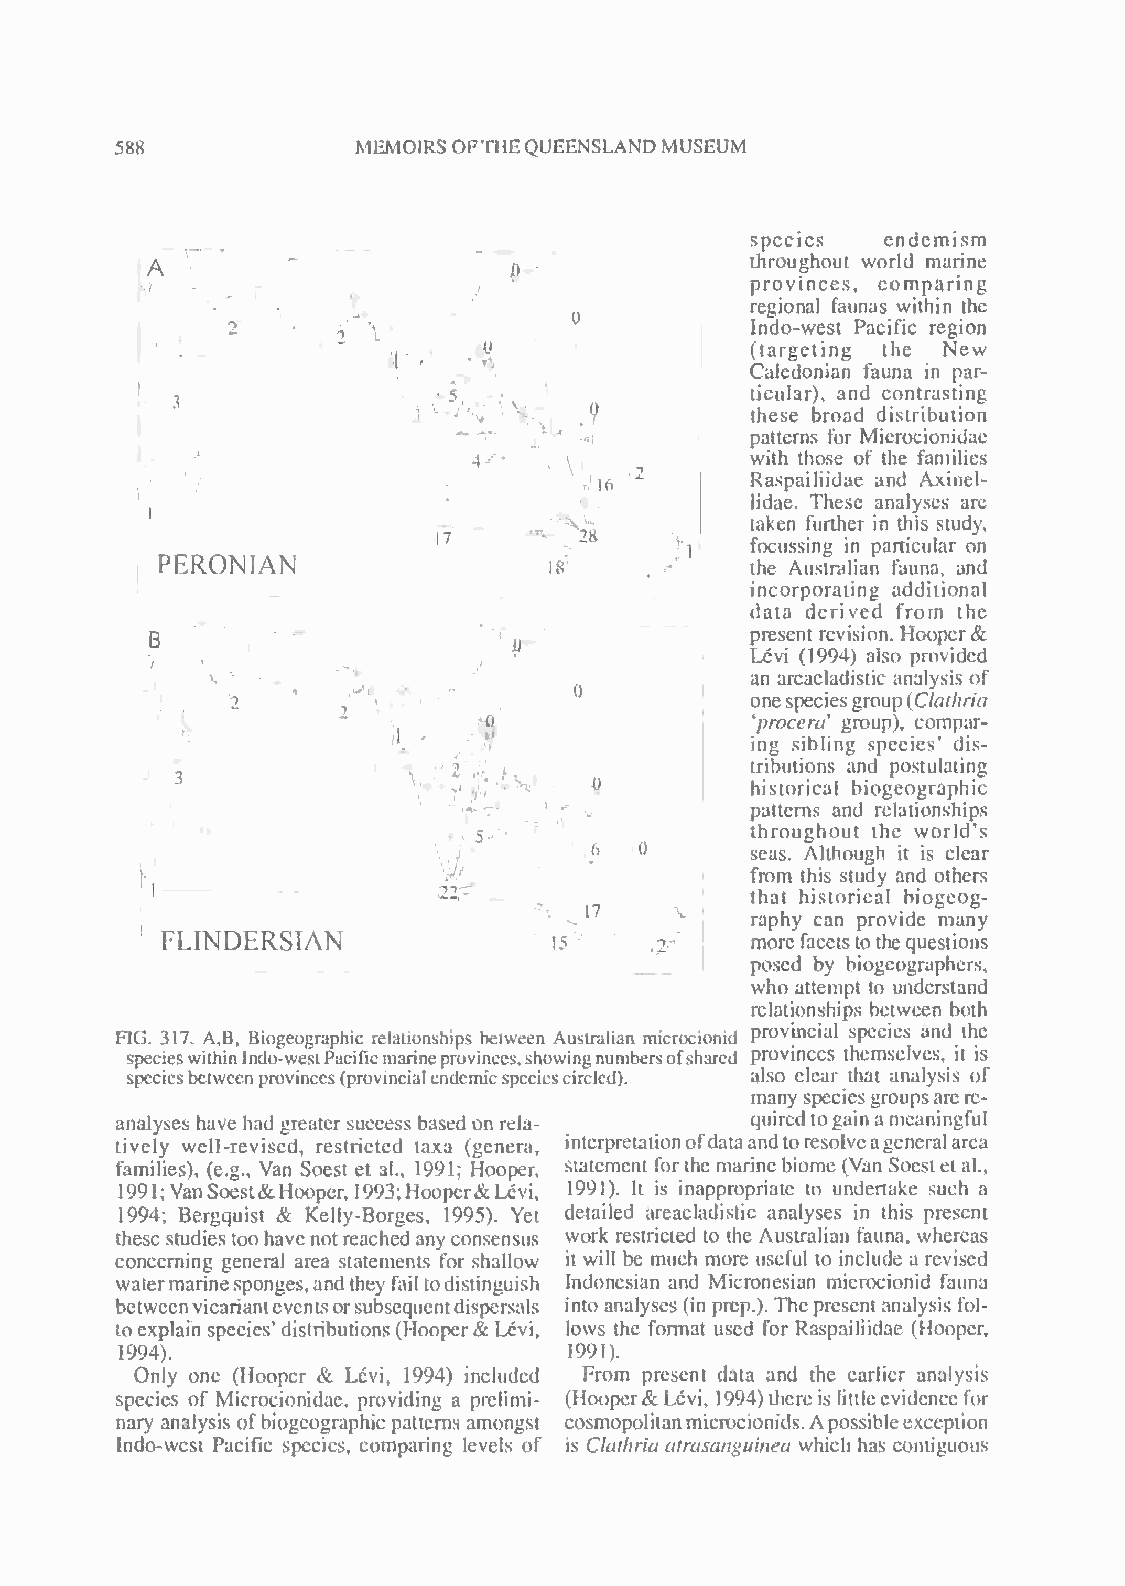
588             MEMOIRS OFTHEQUEENSLANDMUSEUM
 species  endemism
 throughout world marine
 .                 •               provinces, comparing
 regional faunas within the
 Indo-west Pacific region
 :                           (targeting the New
 Caledonian fauna in par-
 ticular), and contrasting
 these broad distribution
 patterns for Microcionidae
 with those of the families
 Raspailiidae and Axinel-
 lidae. These analyses arc
 taken further in this study,
 focussing in particular on
 PERONIAN
 18            the Australian fauna, and
 incorporating additional
 data derived from the
 &
 B                      C>,              present revision. Hooper
 Levi (1994) also provided
 an areacladislic analysis of
 52                                 onespeciesgroup(Clathria
 !                                      "procera" group), compar-
 i                       ing sibling species' dis-
 tributions and postulating
 historical biogeographic
 patterns and relationships
 " c                throughout the world's
 6          seas. Although it is clear
 from this study and others
 22                   that historical biogeog-
 17    i    raphy can provide many
 FLINDERSTAN               15     &     morefacets tothequestions
 posed by biogcographers,
 who attempt to understand
 relationships between both
 FIG. 317. A,B, Biogeographic relationships hetween Australian microcionid provincial species and the
 specieswithinlndo-westPacificmarineprovinces,showingnumbersofshared provinces themselves, it IS
 speciesbetweenprovinces(provincialendemicspeciescircled). also clear that analysis of
 manyspeciesgroupsarere-
 analyses havehad greater success based on rela- quiredtogain a meaningful
 tively well-revised, restricted taxa (genera, interpretationofdata andtoresolveageneralarea
 families), (e.g.. Van Soest et ah, 1991; Hooper, statement forthe marine biomc (Van Soestet alM
 1991;VanSoest& Hooper, 993;Hooper& Levi, 1991). It is inappropriate to undertake such a
 1
 1994; Bergquist & Kelly-Borges, 1995). Yet detailed areacladislic analyses in this present
 these studiestoohavenotreached anyconsensus work restricted to the Australian fauna, whereas
 concerning general area statements for shallow it will be much more useful to include a revised
 watermarinesponges,and they fail todistinguish Indonesian and Micronesian microcionid fauna
 betweenvicarianteventsorsubsequentdispersals into analyses (in prep.). The presentanalysis fol-
 toexplain species' distributions (Hooper& Levi, lows the format used for Raspailiidae (Hooper,
 1994).                        1991).
 Only one (Hooper & Levi, 1994) included From present data and the earlier analysis
 &
 species of Microcionidae, providing a prelimi- (Hooper Levi, 1994)thereis littleevidence for
 nary analysis ofbiogeographic patterns amongst cosmopolitanmicroctonids.Apossibleexception
 Indo-west Pacific species, comparing levels of is Clathria atrasanguinea which has contiguous